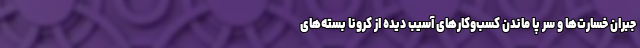
جبران خسارت‌ها و سر پا ماندن کسب‌وکارهای آسیب دیده از کرونا بسته‌های